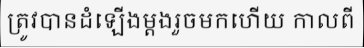
ត្រូវបានដំឡើងម្តងរួចមកហើយ កាលពី